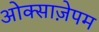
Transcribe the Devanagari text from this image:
ओक्साज़ेपम